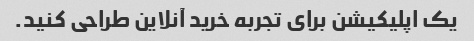
یک اپلیکیشن برای تجربه خرید آنلاین طراحی کنید.